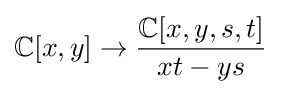
\mathbb {C} [x,y]\to {\frac {\mathbb {C} [x,y,s,t]}{xt-ys}}